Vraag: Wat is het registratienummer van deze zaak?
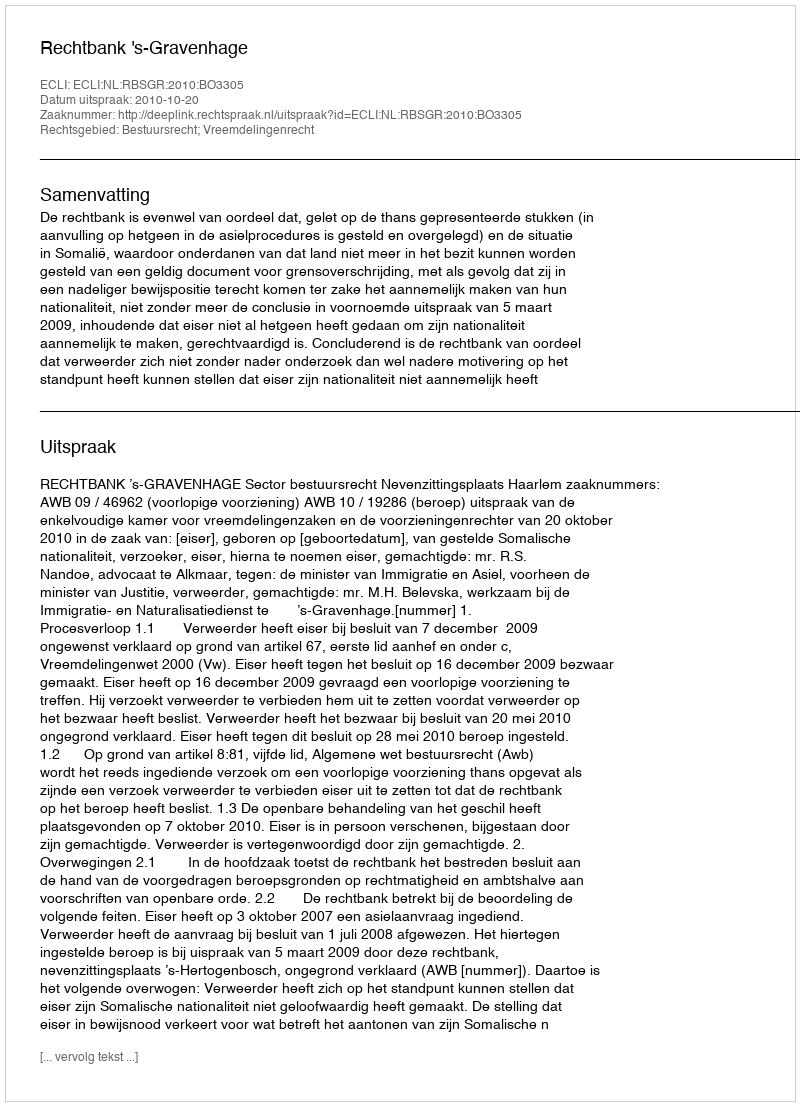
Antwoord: http://deeplink.rechtspraak.nl/uitspraak?id=ECLI:NL:RBSGR:2010:BO3305